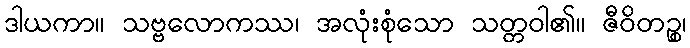
ဒါယကာ။ သဗ္ဗလောကဿ၊ အလုံးစုံသော သတ္တဝါ၏။ ဇီဝိတဉ္စ၊